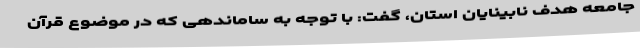
جامعه هدف نابینایان استان، گفت: با توجه به ساماندهی‌ که در موضوع قرآن